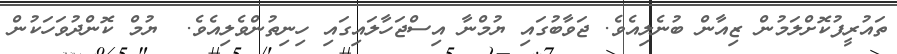
ތައުރީފުކޮށްލަމުން ޒިއާން ބުނެލިއެވެ. ޖަވާބުގައި ޔުމްނާ އިސްޖަހާލައިގައި ހިނިތުންވެލިއެވެ.  ޔުމް ކޮންދުވަހަކުން